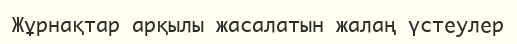
Жұрнақтар арқылы жасалатын жалаң үстеулер